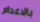
بالاعدام